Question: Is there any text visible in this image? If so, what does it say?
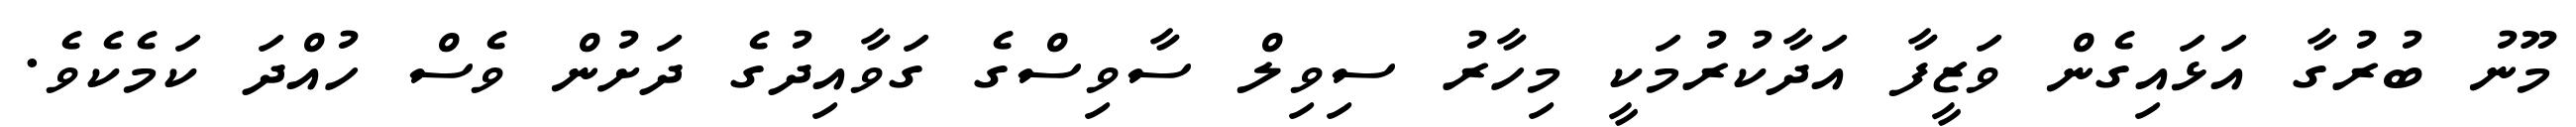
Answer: މޫނު ބުރުގާ އަޅައިގެން ވަޒީފާ އަދާކުރުމަކީ މިހާރު ސިވިލް ސާވިސްގެ ގަވާއިދުގެ ދަށުން ވެސް ހުއްދަ ކަމެކެވެ.